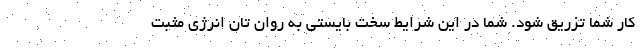
کار شما تزریق شود. شما در این شرایط سخت بایستی به روان تان انرژی مثبت